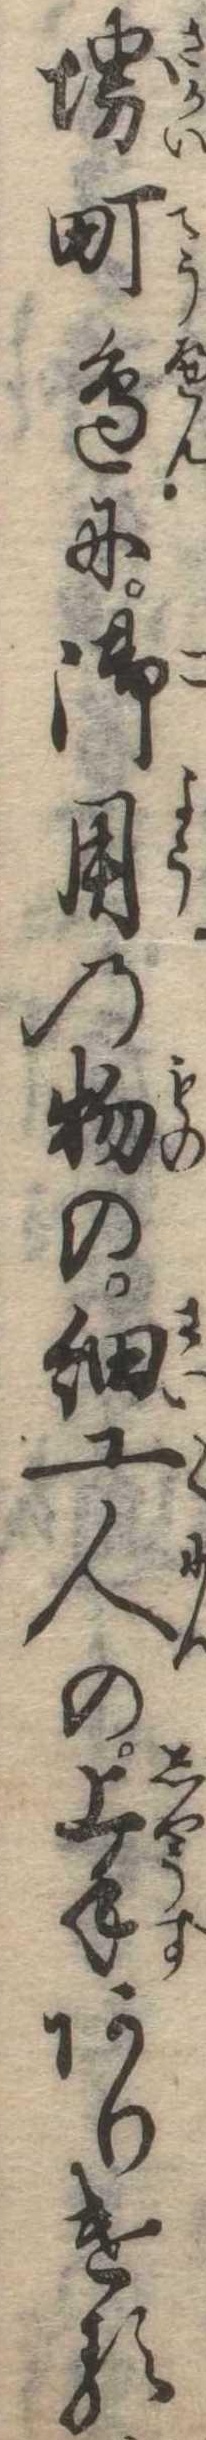
堺町辺に御用の物の細工人の上手ありける